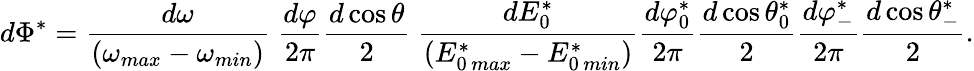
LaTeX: d\Phi^{*}=\frac{d\omega}{(\omega_{max}-\omega_{min})}~\frac{d\varphi}{2\pi}\frac{d\cos{\theta}}{2}~\frac{dE_{0}^{*}}{(E_{0\, max}^{*}-E_{0\, min}^{*})}\frac{d\varphi_{0}^{*}}{2\pi}\frac{d\cos{\theta_{0}^{*}}}{2}\frac{d\varphi_{-}^{*}}{2\pi}\frac{d\cos{\theta_{-}^{*}}}{2}.